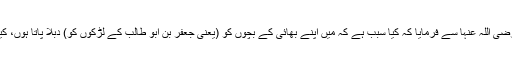
اور اسماء بنت عمیس رضی اللہ عنہا سے فرمایا کہ کیا سبب ہے کہ میں اپنے بھائی کے بچوں کو (یعنی جعفر بن ابو طالب کے لڑکوں کو) دبلا پاتا ہوں، کیا وہ بھوکے رہتے ہیں؟